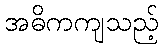
အဓိကကျသည့်